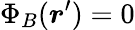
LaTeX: \Phi_{B}(\boldsymbol{r}^{\prime})=0